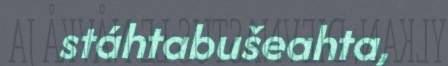
stáhtabušeahta,